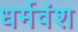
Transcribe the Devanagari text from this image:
धर्मवंश